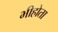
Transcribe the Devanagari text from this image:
भीहोता